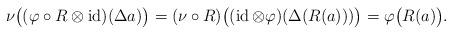
LaTeX: \begin{align*}\nu\bigl((\varphi\circ R\otimes\operatorname{id})(\Delta a)\bigr)=(\nu\circ R)\bigl((\operatorname{id}\otimes\varphi)(\Delta(R(a)))\bigr)=\varphi\bigl(R(a)\bigr).\end{align*}